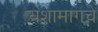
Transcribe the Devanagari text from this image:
यशामागचे